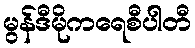
မွန်ဒီမိုကရေစီပါတီ